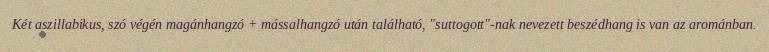
Két aszillabikus, szó végén magánhangzó + mássalhangzó után található, "suttogott"-nak nevezett beszédhang is van az arománban.